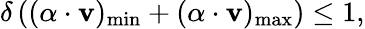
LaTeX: \delta\, ((\alpha\cdot\mathbf{v})_{\mathrm{{min}}}+(\alpha\cdot\mathbf{v})_{\mathrm{{max}}})\leq1,